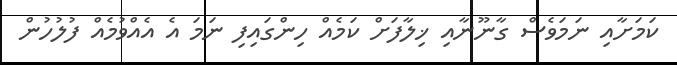
ކަމަށާއި ނަމަވެސް ގާނޫނާއި ޚިލާފަށް ކަމެއް ހިންގައިފި ނަމަ އެ އެއްވުމެއް ފުލުހުން